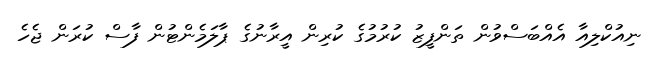
ނިއުކްލިއާ އެއްބަސްވުން ތަންފީޒު ކުރުމުގެ ކުރިން އީރާނުގެ ޕާލަމެންޓުން ފާސް ކުރަން ޖެހެ